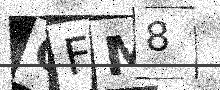
Text: QFM8